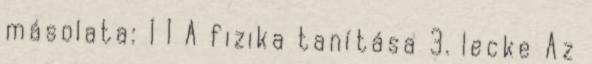
másolata: 1 1 A fizika tanítása 3. lecke Az